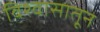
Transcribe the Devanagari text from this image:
विश्वासातून